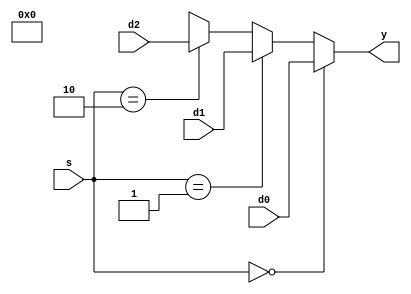
module mux3 #(parameter WIDTH = 8) //new mux3 module to accommodate for the new srcb signal requirement
            (input [WIDTH-1:0] d0, d1, d2,
            input [1:0] s,
            output [WIDTH-1:0] y);
            
          wire d3 = 2'bxx;
  assign y = (s == 0)? d0 :(s == 1)? d1 :(s == 2)? d2 : d3;
  //assign y = s ? d2 : d1 : d0; obsolete
endmodule